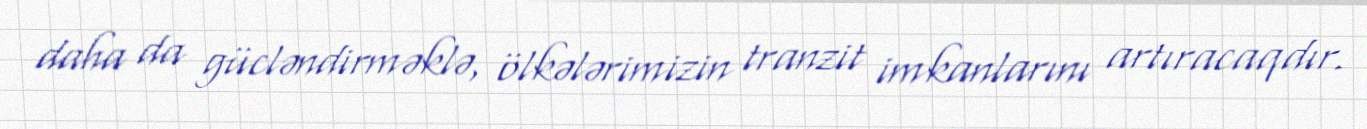
daha da gücləndirməklə, ölkələrimizin tranzit imkanlarını artıracaqdır.